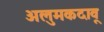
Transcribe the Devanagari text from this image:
अलुमकदावू